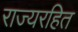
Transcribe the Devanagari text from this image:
राज्यरहित